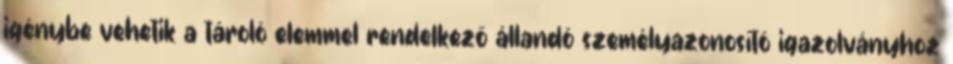
igénybe vehetik a tároló elemmel rendelkező állandó személyazonosító igazolványhoz